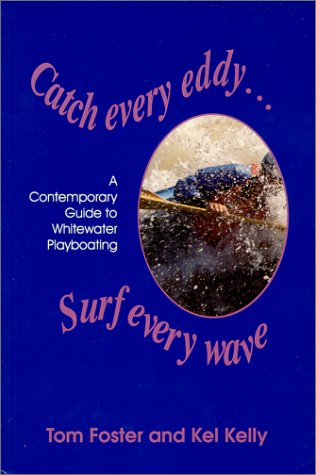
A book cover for Catch Every Eddy ... Surf Every Wave: A Contemporary Guide to Whitewater Playboating; Tom Foster; Sports & Outdoors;